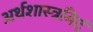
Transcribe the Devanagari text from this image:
अर्थशास्त्रमिदं